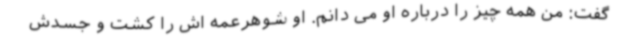
گفت: من همه چیز را درباره او می دانم. او شوهرعمه اش را کشت و جسدش